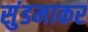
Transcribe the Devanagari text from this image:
सुंडमाकर